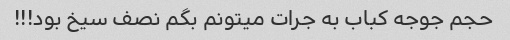
حجم جوجه کباب به جرات میتونم بگم نصف سیخ بود!!!